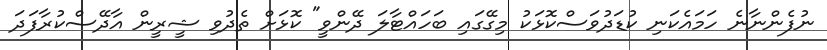
ނުފެންނާނެ ހަމައެކަނި ކުޑަދުވަސްކޮޅަކު މިގޭގައި ބަހައްޓާލަ ދޭންވީ" ކޮޅަށް ތެދުވި ޝީރީން އާދޭސްކުރާފަދަ